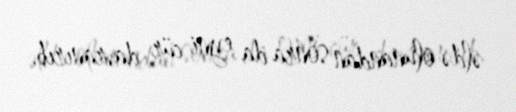
əldə olunandan sonra da eyni cür davranırıb.